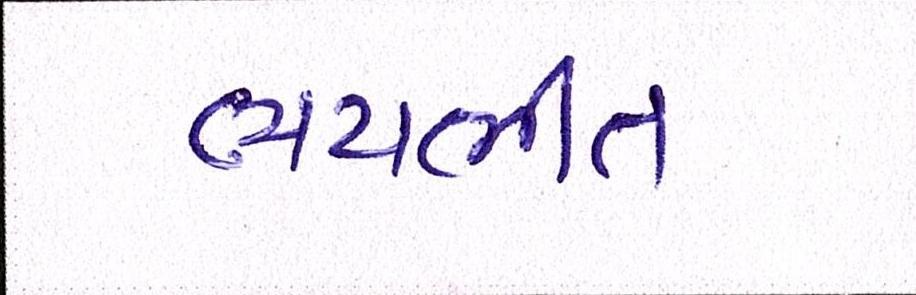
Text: ભયભીત